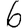
Digit: 6